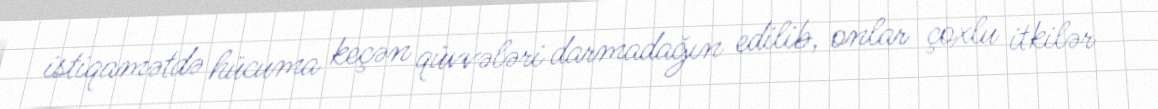
istiqamətdə hücuma keçən qüvvələri darmadağın edilib, onlar çoxlu itkilər